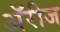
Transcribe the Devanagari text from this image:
अॅरीज